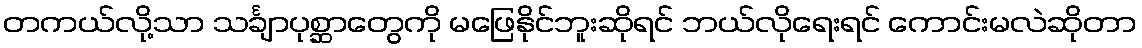
တကယ်လို့သာ သင်္ချာပုစ္ဆာတွေကို မဖြေနိုင်ဘူးဆိုရင် ဘယ်လိုရေးရင် ကောင်းမလဲဆိုတာ